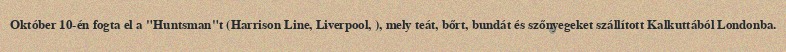
Október 10-én fogta el a "Huntsman"t (Harrison Line, Liverpool, ), mely teát, bőrt, bundát és szőnyegeket szállított Kalkuttából Londonba.